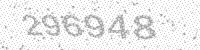
Solution: 296948